Plague in India, 1896, 1897 - Volume 3
Year: 1896
Disease focus: Plague
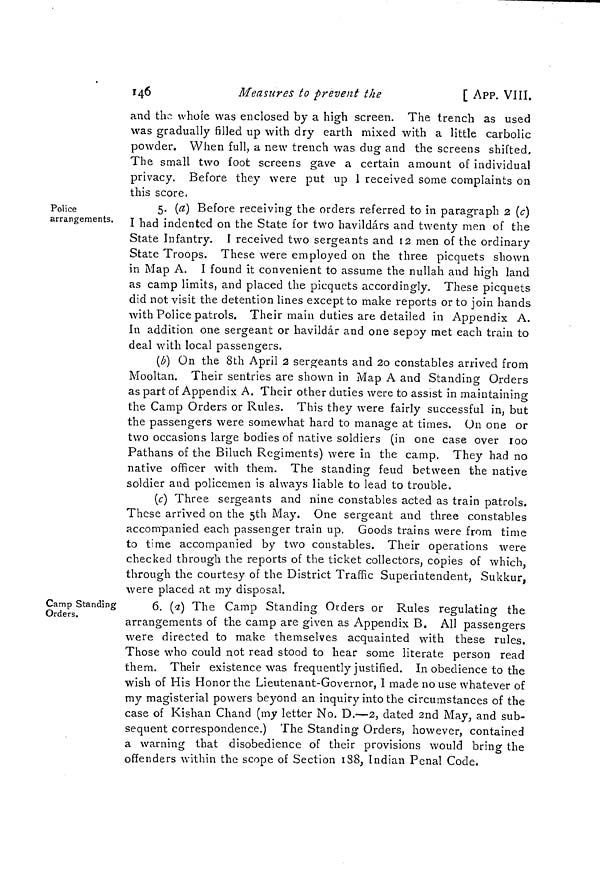
146
Measures to prevent the
[ APP. VIII.
and the whole was enclosed by a high screen. The trench as used
was gradually filled up with dry earth mixed with a little carbolic
powder. When full, a new trench was dug and the screens shifted.
The small two foot screens gave a certain amount of individual
privacy. Before they were put up 1 received some complaints on
this score.
Police
arrangements.
5. (a) Before receiving the orders referred to in paragraph 2 (c)
I had indented on the State for two havildárs and twenty men of the
State Infantry. I received two sergeants and 12 men of the ordinary
State Troops. These were employed on the three picquets shown
in Map A. I found it convenient to assume the nullah and high land
as camp limits, and placed the picquets accordingly. These picquets
did not visit the detention lines except to make reports or to join hands
with Police patrols. Their main duties are detailed in Appendix A.
In addition one sergeant or havildár and one sepoy met each train to
deal with local passengers.
(i) On the 8th April 2 sergeants and 20 constables arrived from
Mooltan. Their sentries are shown in Map A and Standing Orders
as part of Appendix A. Their other duties were to assist in maintaining
the Camp Orders or Rules. This they were fairly successful in, but
the passengers were somewhat hard to manage at times. On one or
two occasions large bodies of native soldiers (in one case over 100
Pathans of the Biluch Regiments) were in the camp. They had no
native officer with them. The standing feud between the native
soldier and policemen is always liable to lead to trouble.
(c) Three sergeants and nine constables acted as train patrols.
These arrived on the 5th May. One sergeant and three constables
accompanied each passenger train up. Goods trains were from time
to time accompanied by two constables. Their operations were
checked through the reports of the ticket collectors, copies of which,
through the courtesy of the District Traffic Superintendent, Sukkur,
were placed at my disposal.
Camp Standing
Orders.
6. (a) The Camp Standing Orders or Rules regulating the
arrangements of the camp are given as Appendix B. All passengers
were directed to make themselves acquainted with these rules.
Those who could not read stood to hear some literate person read
them. Their existence was frequently justified. In obedience to the
wish of His Honor the Lieutenant-Governor, I made no use whatever of
my magisterial powers beyond an inquiry into the circumstances of the
case of Kishan Chand (my letter No, D.—2, dated and May, and sub-
sequent correspondence.) The Standing Orders, however, contained
a warning that disobedience of their provisions would bring the
offenders within the scope of Section 188, Indian Penal Code.